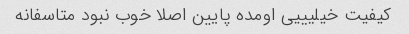
کیفیت خیلیییی اومده پایین اصلا خوب نبود متاسفانه